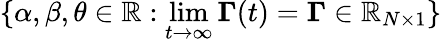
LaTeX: \{ \alpha,\beta,\theta\in\mathbb{R}:\operatorname*{lim}_{t\to\infty}\boldsymbol{\Gamma}(t)=\boldsymbol{\Gamma}\in\mathbb{R}_{N\times 1}\}